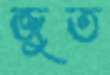
জুত